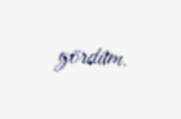
gördüm.